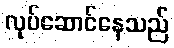
လုပ်ဆောင်နေသည်